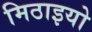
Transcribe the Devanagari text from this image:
मिठाइयो